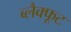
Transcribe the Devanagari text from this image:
ब्लैक्फूट